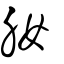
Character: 肗